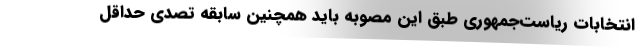
انتخابات ریاست‌جمهوری طبق این مصوبه باید همچنین سابقه تصدی حداقل